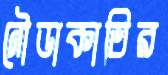
নৌডাকাতির